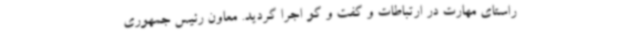
راستای مهارت در ارتباطات و گفت و گو اجرا گردید. معاون رئیس جمهوری